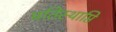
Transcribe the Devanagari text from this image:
प्रतिस्थाप्ति